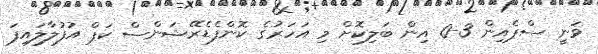
ވަނީ ސްޕެއިން 3-0 އިން ބަލިކޮށް މި އަހަރުގެ ކޮންފެޑެރޭޝަންސް ކަޕް އުފުލާލައިފަ